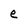
Character: e